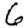
Digit: 6